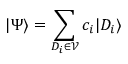
| \Psi \rangle = \sum _ { D _ { i } \in \mathcal { V } } c _ { i } | D _ { i } \rangle